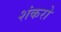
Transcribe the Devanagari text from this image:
शंकरो